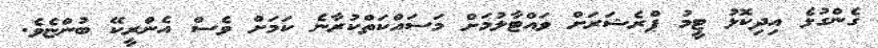
ގެންގުޅެ އިދިކޮޅު ޓީމު ޕްރެޝަރަށް ވައްޓާލުމަށް މަސައްކަތްކުރާނެ ކަމަށް ވެސް އެންރީކޭ ބުންޏެވެ.